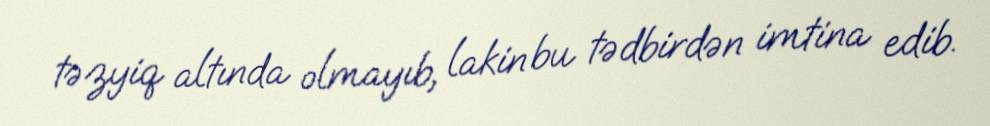
təzyiq altında olmayıb, lakin bu tədbirdən imtina edib.